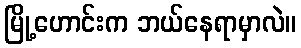
မြို့ဟောင်းက ဘယ်နေရာမှာလဲ။